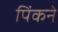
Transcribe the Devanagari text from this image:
पिंकने